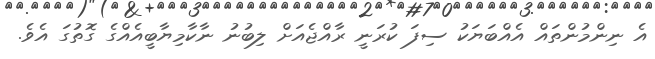
އެ ނިންމުންތައް އެއްބަޔަކު ސިފަ ކުރަނީ ރާއްޖެއަށް ލިބުނު ނާކާމިޔާބީއެއްގެ ގޮތުގަ އެވެ.